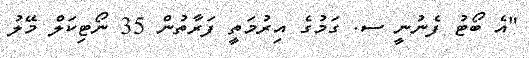
"އެ ބޯޓު ފެނުނީ ސ. ގަމުގެ އިރުމަތީ ފަރާތުން 35 ނޯޓިކަލް މޭލު